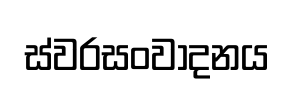
ස්වරසංවාදනය